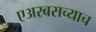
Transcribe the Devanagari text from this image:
एअरबसच्याच